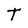
Character: T